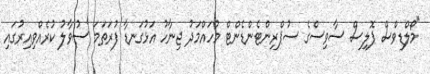
"މޯލްޑިވްސް ޕޮލިސް ސާވިސްގެ ސުޕްރިންޓެންޑެންޓް މުހައްމަދު ޖިނާހު އަޅުގަނޑާ ފުރަތަމަ ސުވާލު ކުރެއްވިއިރުގައި